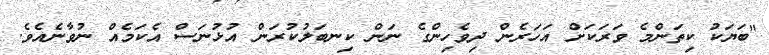
"ބަޔަކު ކިތަންމެ ވަރަކަށް އަހަރެން ދިވެހިންގެ ނަން ކިނބަލުކުރަން އުޅުނަސް އެކަމެއް ނުވާނެއެވެ.